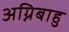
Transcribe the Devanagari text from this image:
अग्निबाहु